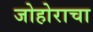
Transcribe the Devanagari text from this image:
जोहोराचा